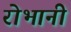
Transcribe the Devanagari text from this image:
रोभानी